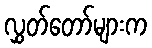
လွှတ်တော်များက